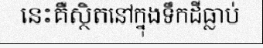
នេះគឺស្ថិតនៅក្នុងទឹកដីធ្លាប់